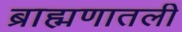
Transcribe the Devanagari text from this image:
ब्राह्मणातली